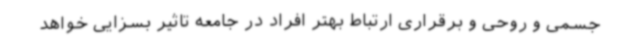
جسمی و روحی و برقراری ارتباط بهتر افراد در جامعه تاثیر بسزایی خواهد